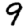
Digit: 9